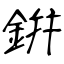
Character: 銒